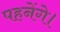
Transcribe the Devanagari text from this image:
पहनेंगे।